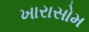
ખારાસોમ